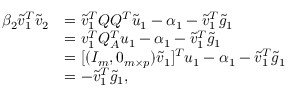
\begin{array} { r l } { \beta _ { 2 } \tilde { v } _ { 1 } ^ { T } \tilde { v } _ { 2 } } & { = \tilde { v } _ { 1 } ^ { T } Q Q ^ { T } \tilde { u } _ { 1 } - \alpha _ { 1 } - \tilde { v } _ { 1 } ^ { T } \tilde { g } _ { 1 } } \\ & { = v _ { 1 } ^ { T } Q _ { A } ^ { T } u _ { 1 } - \alpha _ { 1 } - \tilde { v } _ { 1 } ^ { T } \tilde { g } _ { 1 } } \\ & { = [ ( I _ { m } , 0 _ { m \times p } ) \tilde { v } _ { 1 } ] ^ { T } u _ { 1 } - \alpha _ { 1 } - \tilde { v } _ { 1 } ^ { T } \tilde { g } _ { 1 } } \\ & { = - \tilde { v } _ { 1 } ^ { T } \tilde { g } _ { 1 } , } \end{array}